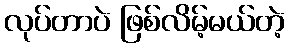
လုပ်တာပဲ ဖြစ်လိမ့်မယ်တဲ့